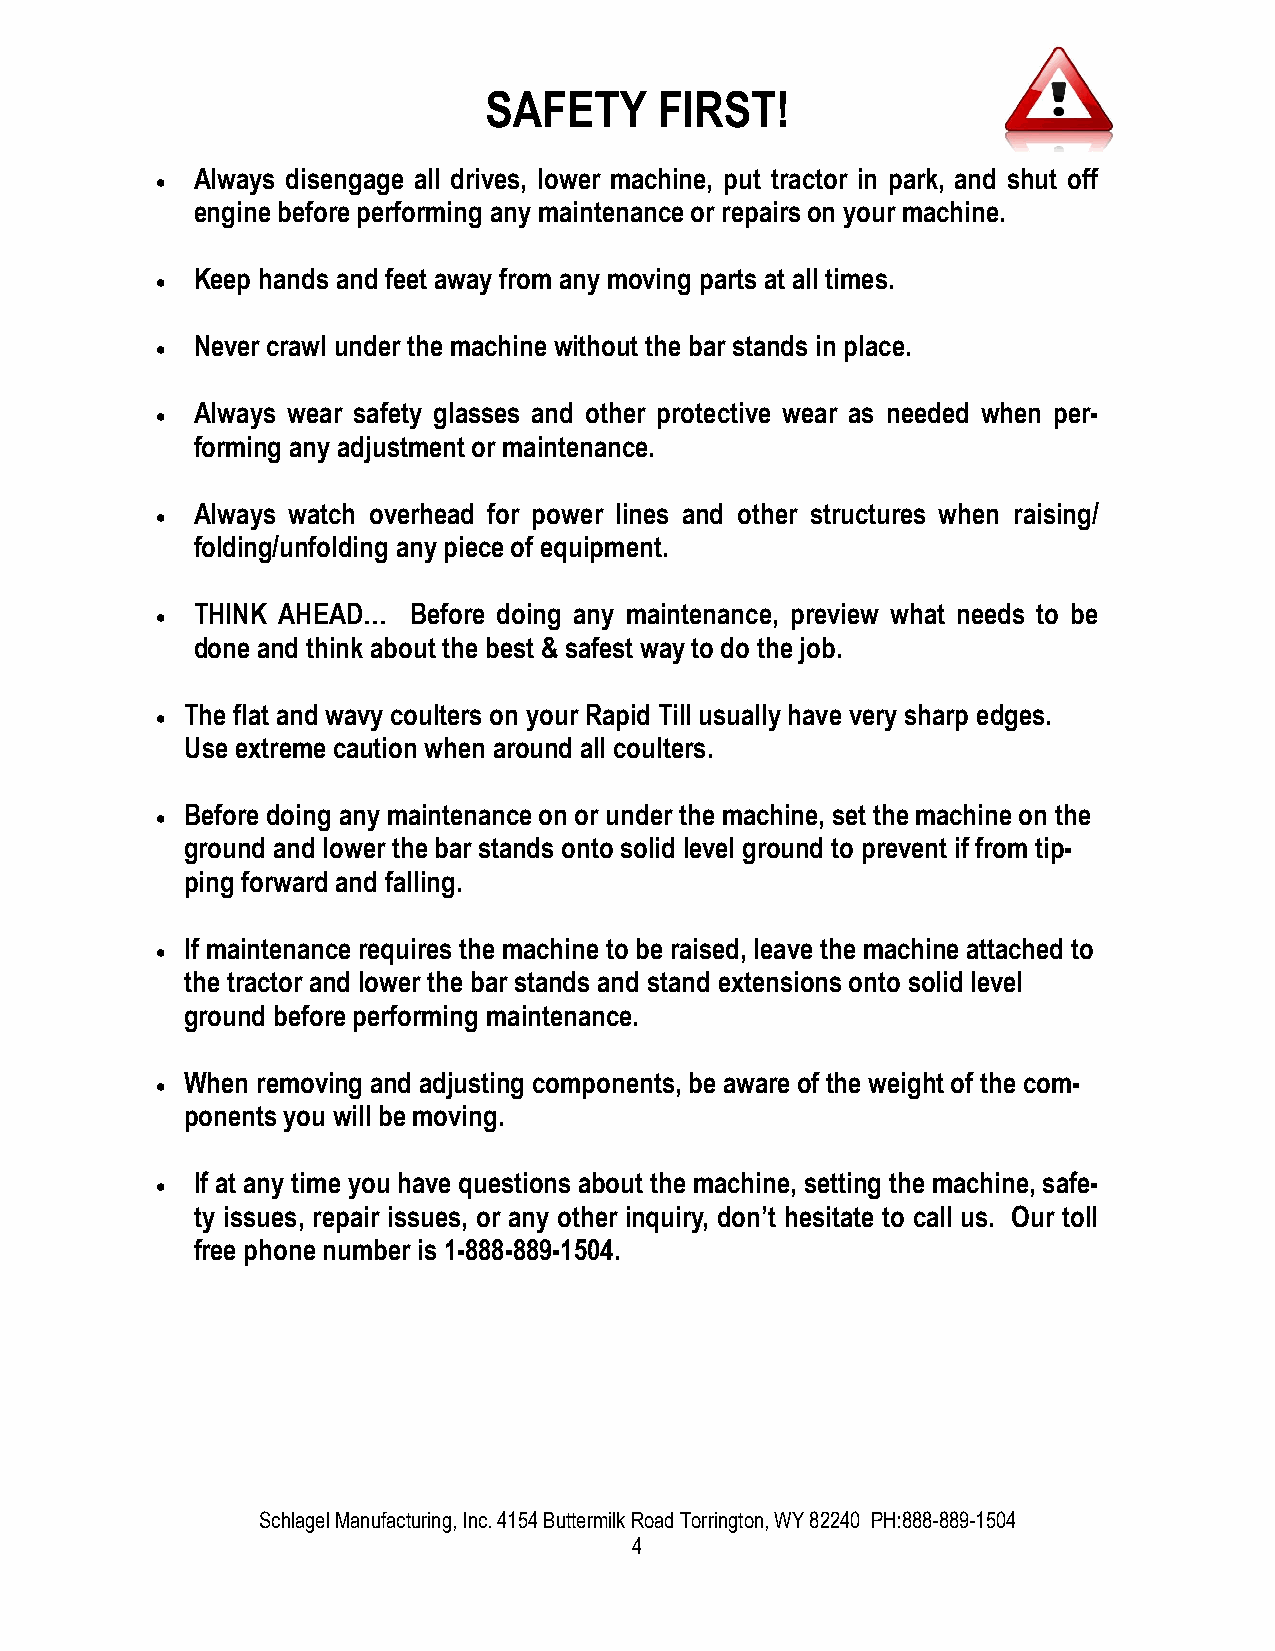
SAFETY      FIRST!
 Always disengage all drives, lower machine, put tractor in park, and shut off
 ·
 engine before performing any maintenance or repairs on your machine.
 Keep hands and feet away from any moving parts at all times.
 ·
 Never crawl under the machine without the bar stands in place.
 ·
 Always wear safety glasses and other protective wear as needed when per-
 ·
 forming any adjustment or maintenance.
 Always watch overhead for power lines and other structures when raising/
 ·
 folding/unfolding any piece of equipment.
 THINK AHEAD…  Before doing any maintenance, preview what needs to be
 ·
 done and think about the best & safest way to do the job.
 The flat and wavy coulters on your Rapid Till usually have very sharp edges.
 ·
 Use extreme caution when around all coulters.
 Before doing any maintenance on or under the machine, set the machine on the
 ·
 ground and lower the bar stands onto solid level ground to prevent if from tip-
 ping forward and falling.
 If maintenance requires the machine to be raised, leave the machine attached to
 ·
 the tractor and lower the bar stands and stand extensions onto solid level
 ground before performing maintenance.
 When removing and adjusting components, be aware of the weight of the com-
 ·
 ponents you will be moving.
 If at any time you have questions about the machine, setting the machine, safe-
 ·
 ty issues, repair issues, or any other inquiry, don’t hesitate to call us. Our toll
 free phone number is 1-888-889-1504.
 Schlagel Manufacturing, Inc. 4154 Buttermilk Road Torrington, WY 82240 PH:888-889-1504
 4